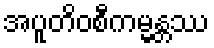
အပူတိဝစီကမ္မန္တဿ